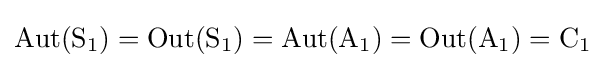
\operatorname {Aut} (\mathrm {S} _{1})=\operatorname {Out} (\mathrm {S} _{1})=\operatorname {Aut} (\mathrm {A} _{1})=\operatorname {Out} (\mathrm {A} _{1})=\mathrm {C} _{1}